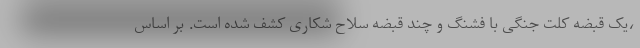
،یک قبضه کلت جنگی با فشنگ و چند قبضه سلاح شکاری کشف شده است. بر اساس